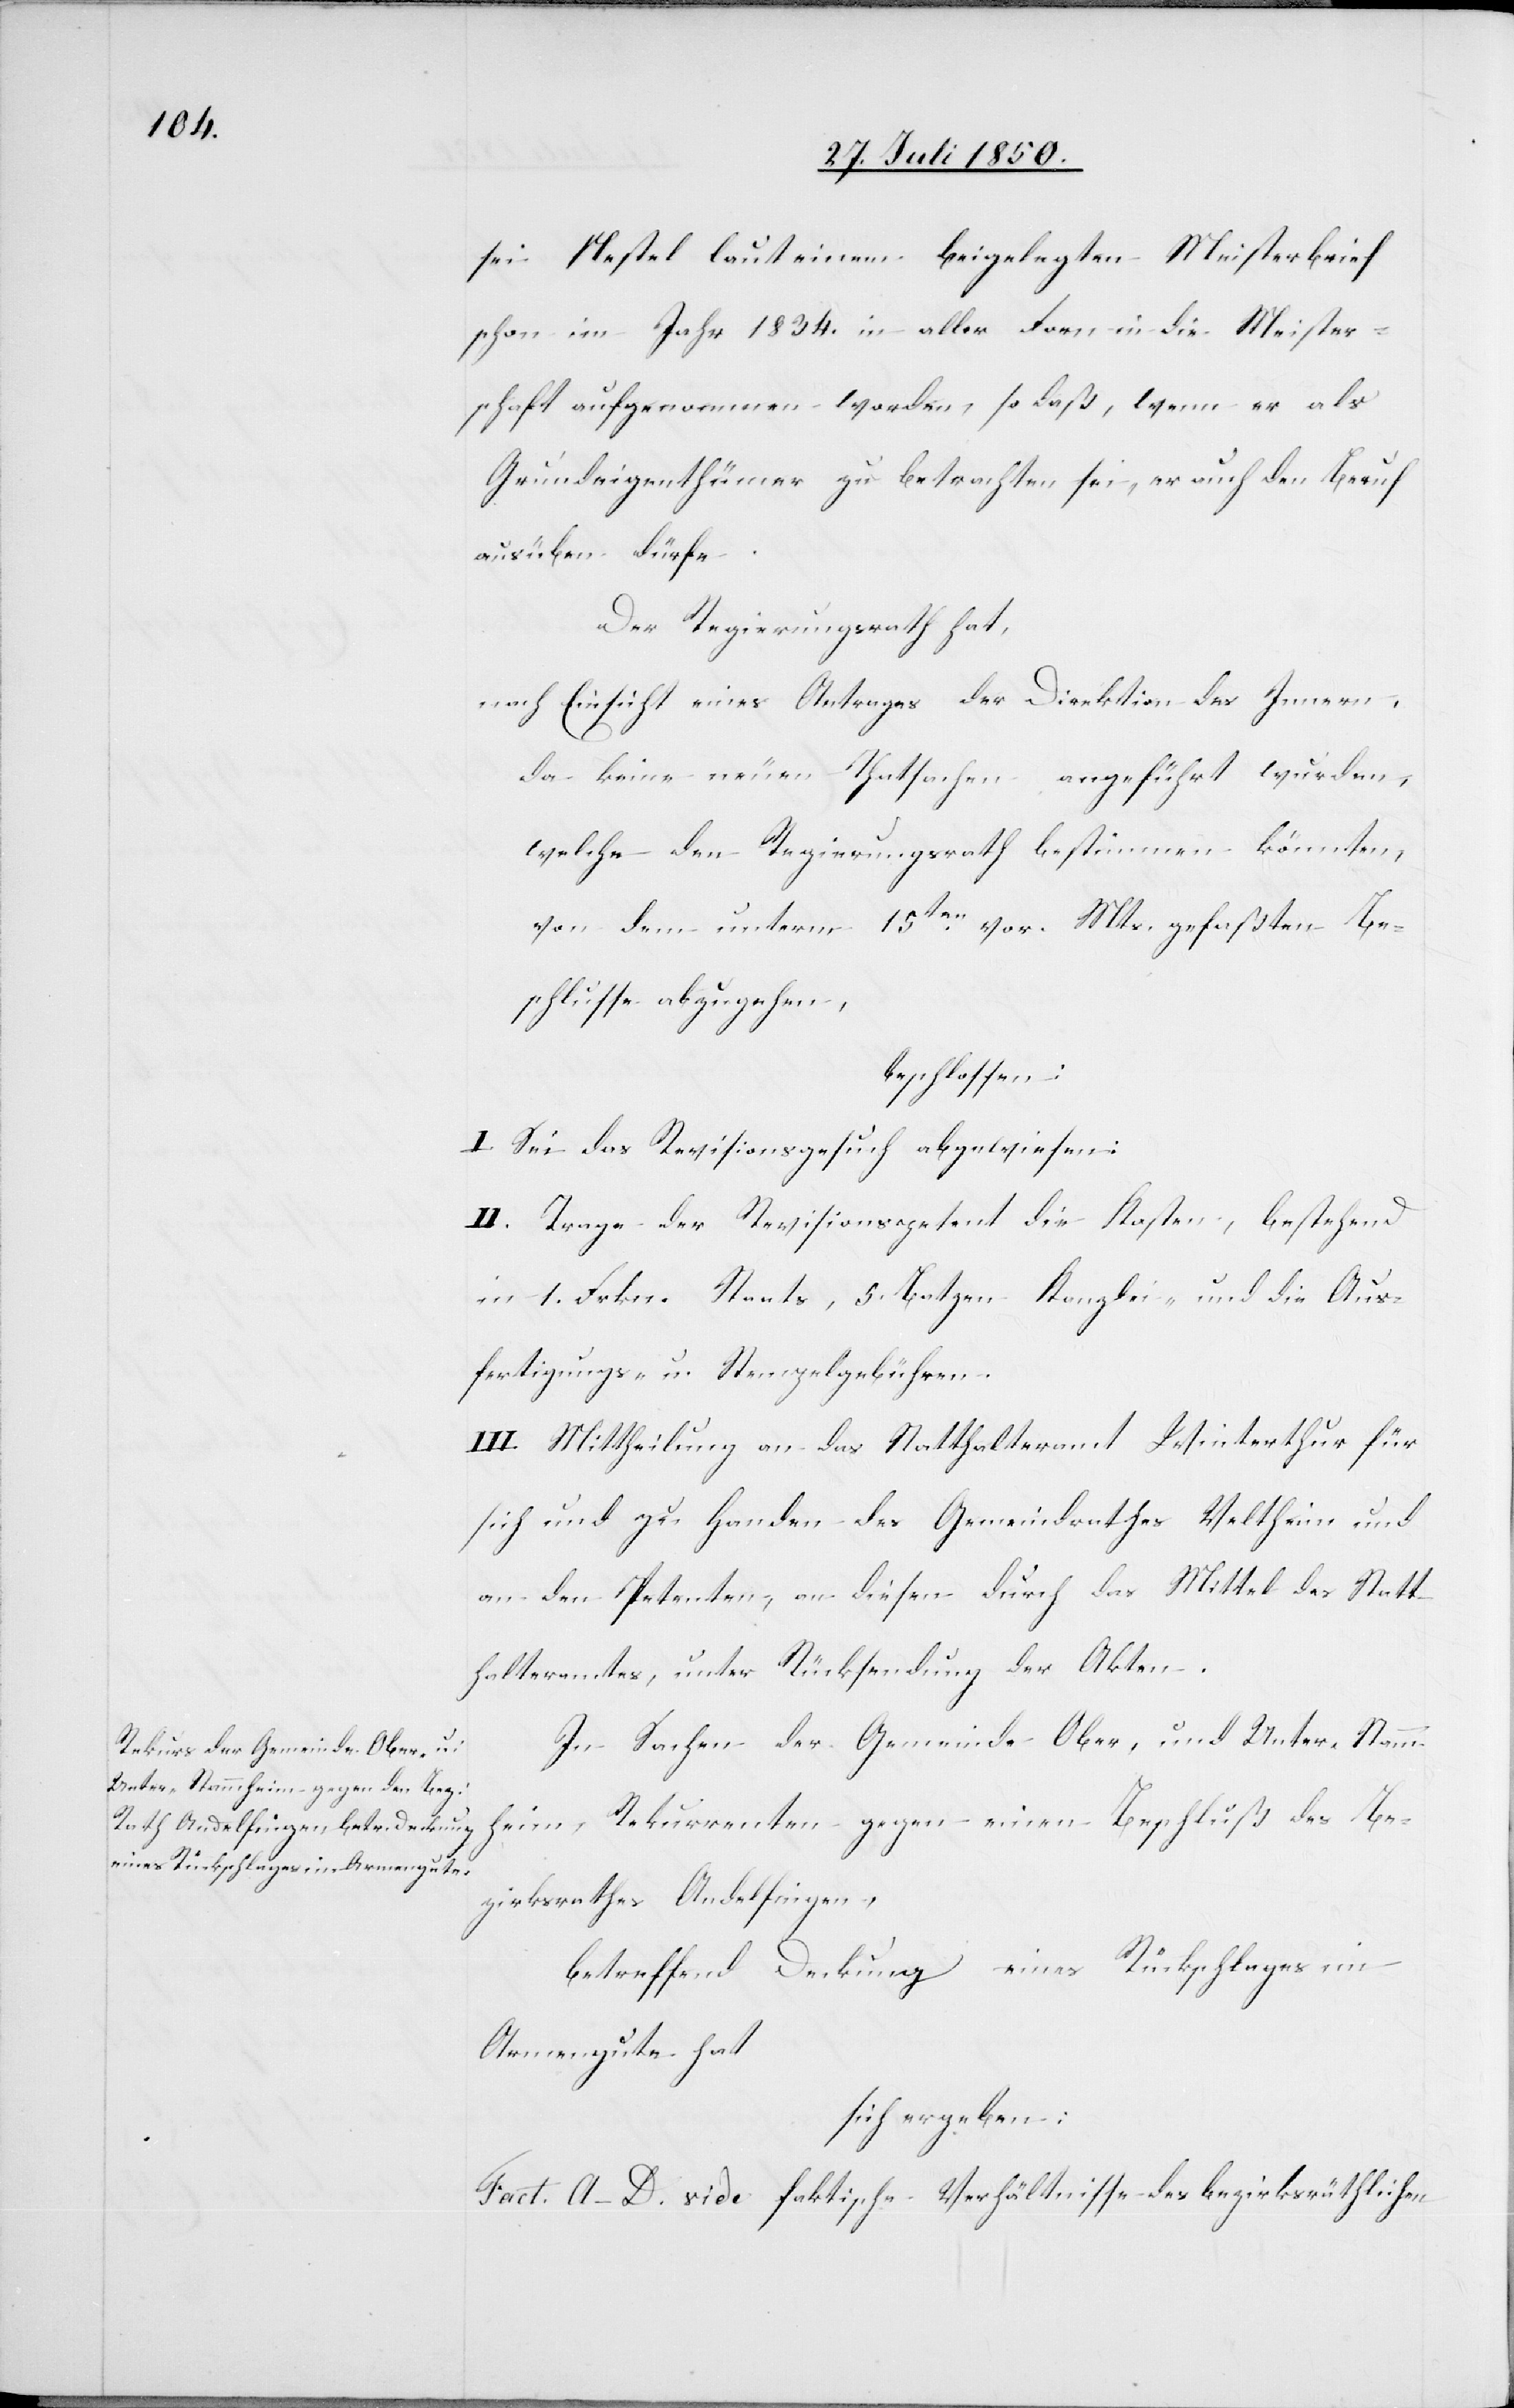
sei Nestel laut einem beigelegten Meisterbrief
schon im Jahr 1834. in aller Form in die Meister¬
schaft aufgenommen worden, so daß, wenn er als
Grundeigenthümer zu betrachten sei, er auch den Beruf
ausüben dürfe.
Der Regierungsrath hat,
nach Einsicht eines Antrages der Direktion des Innern,
da keine neuen Thatsachen angeführt wurden,
welche den Regierungsrath bestimmen könnten,
von dem unterm 15ten vor. Mts. gefaßten Be¬
schlusse abzugehen,
beschlossen:
I. Sei das Revisionsgesuch abgewiesen:
II. Trage der Revisionspetent die Kosten, bestehend
in 1. Frkn. Staats, 5. Batzen Kanzlei- und die Aus¬
fertigungs- und Stempelgebühren.
III. Mittheilung an das Statthalteramt Winterthur für
sich und zu Handen des Gemeindrathes Veltheim und
an den Petenten, an diesen durch das Mittel des Statt¬
halteramtes, unter Rücksendung der Akten.
In Sachen der Gemeinde Ober, und Unter-Stamm¬
heim, Rekurrenten gegen einen Beschluß des Be¬
zirksrathes Andelfingen,
betreffend Deckung eines Rückschlages im
Armengute hat
sich ergeben:
Fact. A–D. vide faktische Verhältnisse des bezirksräthlichen